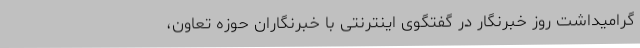
گرامیداشت روز خبرنگار در گفتگوی اینترنتی با خبرنگاران حوزه تعاون،